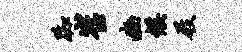
踟崔豳候屐